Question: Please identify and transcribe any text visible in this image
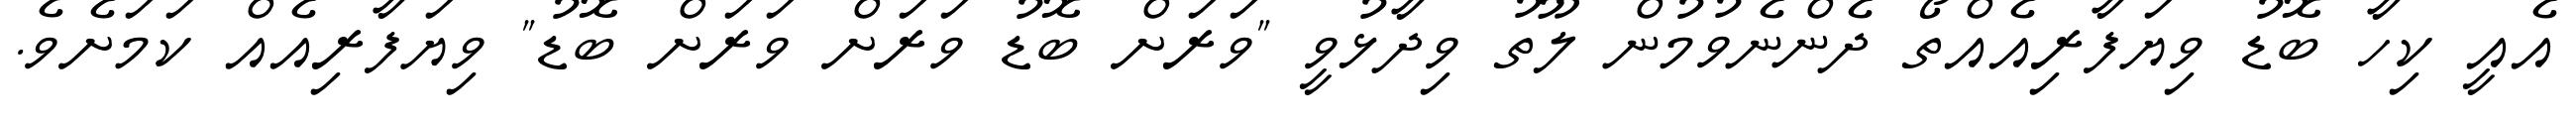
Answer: އެއީ ކިހާ ބޮޑު ވިޔަފާރިއެއްތޯ ދެންނެވުމުން ލޫތު ވިދާޅުވީ "ވަރަށް ބޮޑު ވަރަށް ވަރަށް ބޮޑު" ވިޔަފާރިއެއް ކަމަށެވެ.